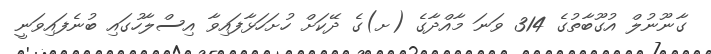
ގާނޫނުލް އުގޫބާތުގެ 314 ވަނަ މާއްދާގެ (ށ)ގެ ދޭކަށް ހުށަހަޅާފައިވާ އިސްލާހުގައި ބުނެފައިވަނީ